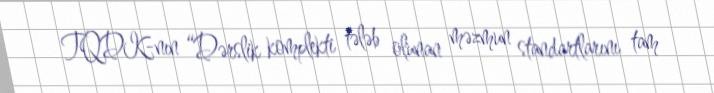
TQDK-nın “Dərslik komplekti tələb olunan məzmun standartlarını tam